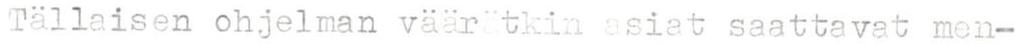
Tällaisen ohjelman väärätkin asiat saattavat men-